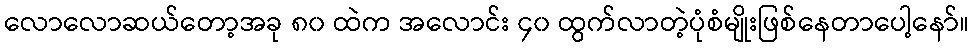
လောလောဆယ်တော့အခု ၈၀ ထဲက အလောင်း ၄၀ ထွက်လာတဲ့ပုံစံမျိုးဖြစ်နေတာပေါ့နော်။